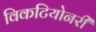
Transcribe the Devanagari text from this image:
विकटियोनरी